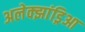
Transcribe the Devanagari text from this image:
अलेक्झांड्रिआ